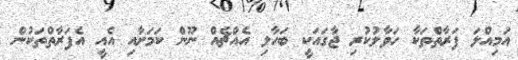
އަމިއްލަ ފަރާތްތަކާ ހަވާލުކުރި ޖާގައަކީ ބަހާލި އެއްޗެއް ނޫން ކަމަށާއި އެއީ އެފަރާތްތަކުން